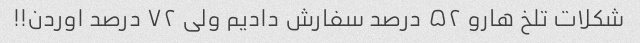
شکلات تلخ هارو ۵۲ درصد سفارش دادیم ولی ۷۲ درصد اوردن!!